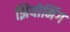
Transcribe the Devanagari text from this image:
झियोमिंग